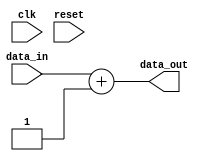
module my_module (
    input wire clk,
    input wire reset,
    input wire [7:0] data_in,
    output wire [7:0] data_out
);
    // Simple logic for demonstration purposes
    assign data_out = data_in + 1; // Increment input data
endmodule